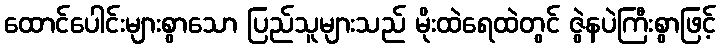
ထောင်ပေါင်းများစွာသော ပြည်သူများသည် မိုးထဲရေထဲတွင် ဇွဲနပဲကြီးစွာဖြင့်